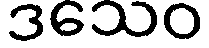
ဒသေဝ